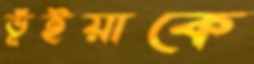
ভূঁইয়াকে